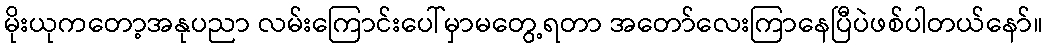
မိုးယုကတော့အနုပညာ လမ်းကြောင်းပေါ်မှာမတွေ့ရတာ အတော်လေးကြာနေပြီပဲဖစ်ပါတယ်နော်။